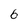
Character: 6